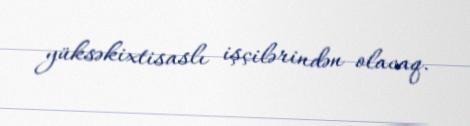
yüksəkixtisaslı işçilərindən olacaq.